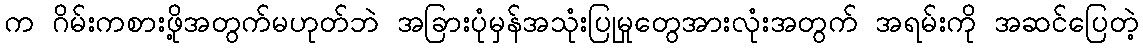
က ဂိမ်းကစားဖို့အတွက်မဟုတ်ဘဲ အခြားပုံမှန်အသုံးပြုမှုတွေအားလုံးအတွက် အရမ်းကို အဆင်ပြေတဲ့